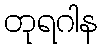
တုရဂါန